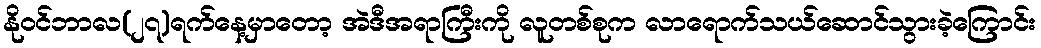
နိုဝင်ဘာလ(၂၇)ရက်နေ့မှာတော့ အဲဒီအရာကြီးကို လူတစ်စုက လာရောက်သယ်ဆောင်သွားခဲ့ကြောင်း